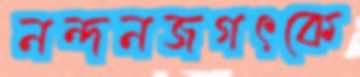
নন্দনজগৎকে